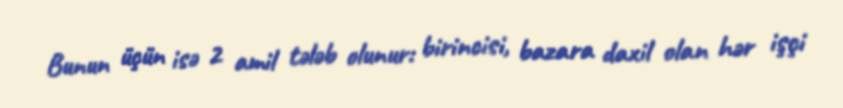
Bunun üçün isə 2 amil tələb olunur: birincisi, bazara daxil olan hər işçi